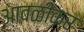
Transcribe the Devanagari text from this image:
आवळीकर